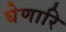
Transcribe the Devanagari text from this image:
घेणारि